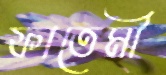
ফাতেমী